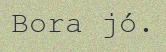
Bora jó.